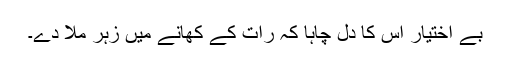
بے اختیار اس کا دل چاہا کہ رات کے کھانے میں زہر ملا دے۔